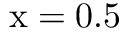
\mathrm { { x } = 0 . 5 }